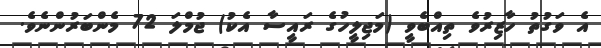
އެ ވަގުތު ހާޒިރުވެ ތިއްބެވީ (މަޖިލީހުގެ ރައީސާ އެކު) ޖުމްލަ 72 މެންބަރުންނެވެ.